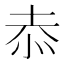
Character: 𭜙